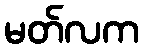
မတ်လက